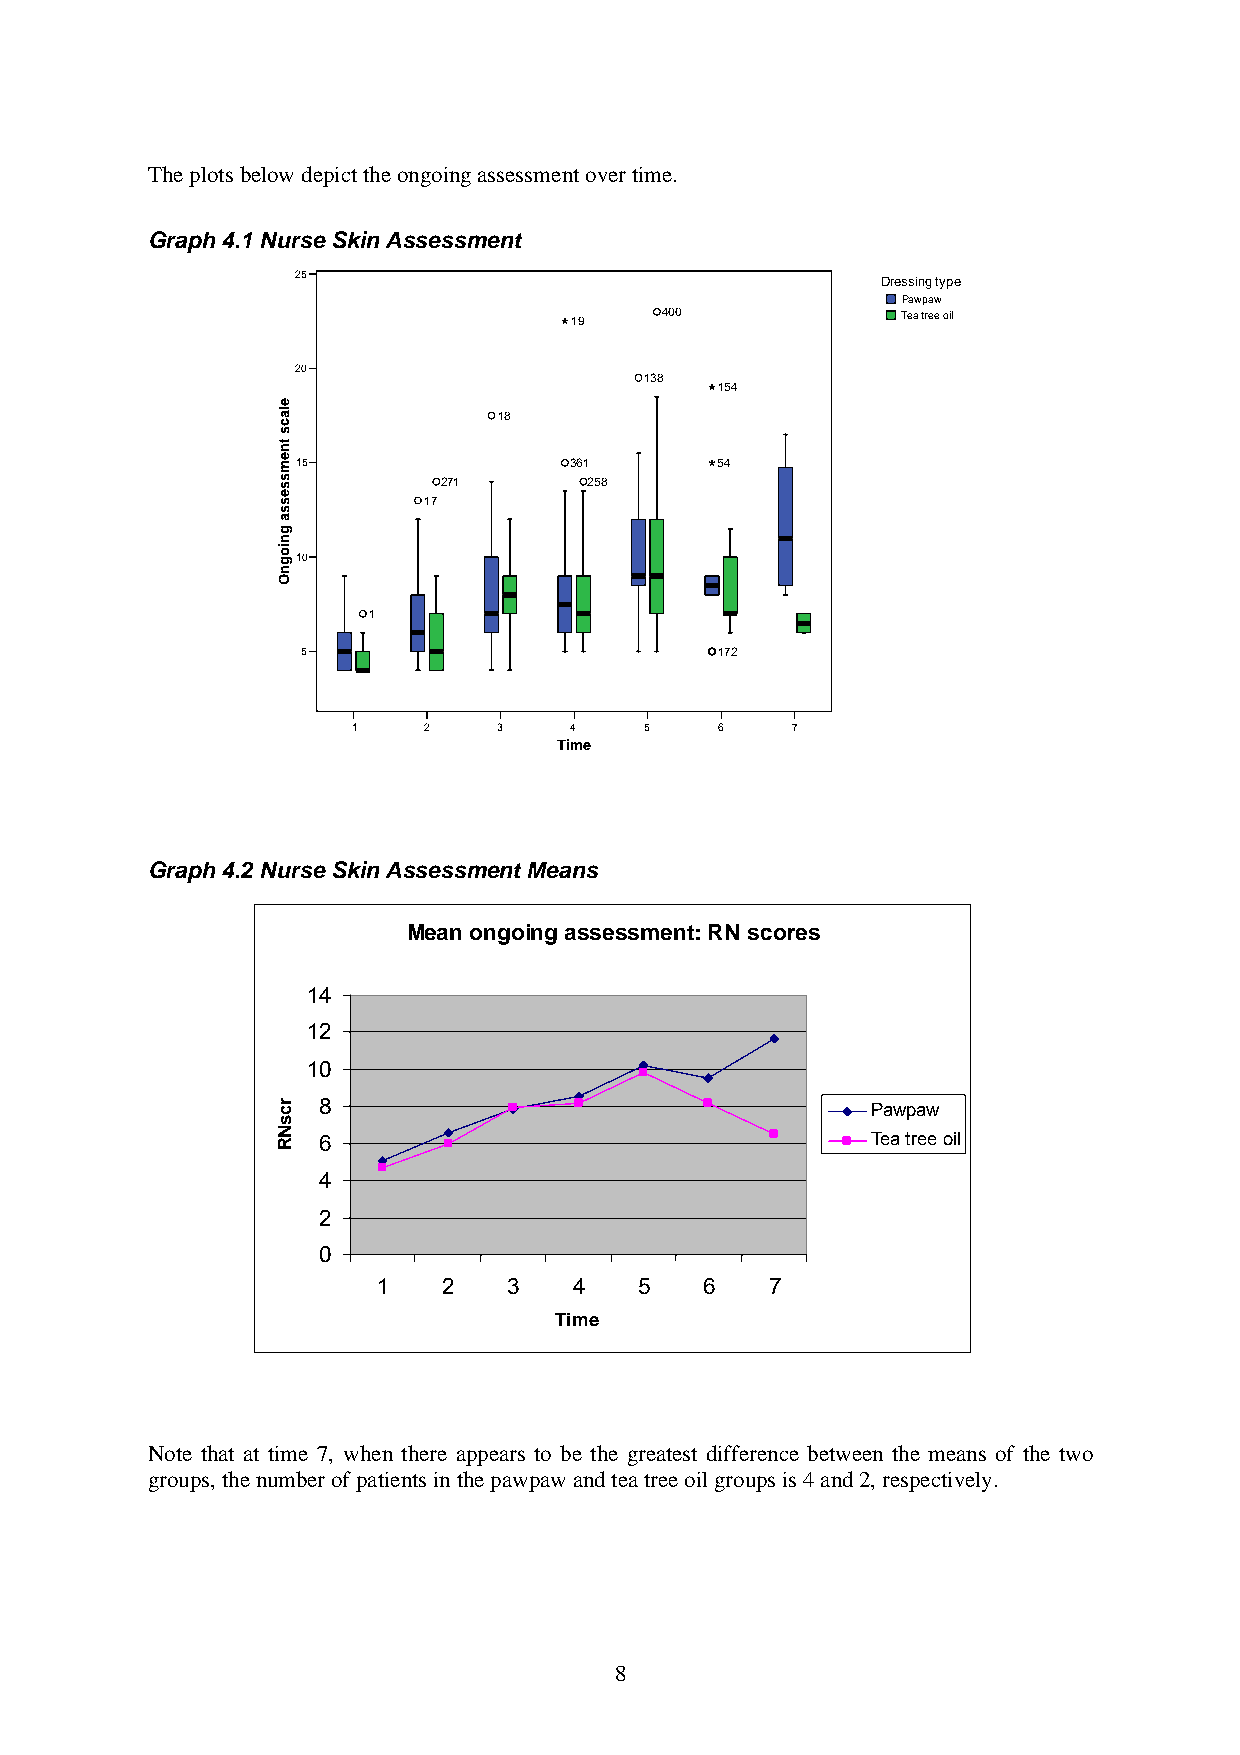
The plots below depict the ongoing assessment over time.
 Graph 4.1 Nurse Skin Assessment
 25
 Dressing type
 Pawpaw
 19    400             Tea tree oil
 20
 138
 154
 18
 15                361      54
 271       258
 17
 10
 1
 5                           172
 1    2    3    4    5    6   7
 Time
 Graph 4.2 Nurse Skin Assessment Means
 Mean ongoing assessment: RN scores
 14
 12
 10
 8                                    Pawpaw
 6                                    Tea tree oil
 4
 2
 0
 1   2    3   4   5    6   7
 Time
 Note that at time 7, when there appears to be the greatest difference between the means of the two
 groups, the number of patients in the pawpaw and tea tree oil groups is 4 and 2, respectively.
 8
 elacs
 tnemssessa
 gniognO
 rcsNR